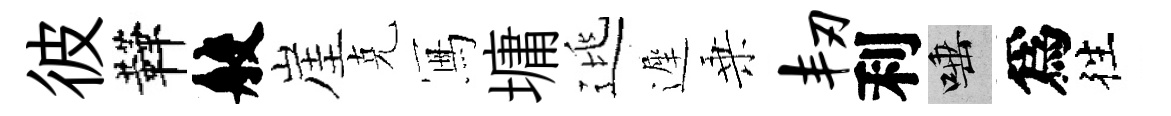
彼鞾般崖克冩墉逃遲乗韧利唾爲徃